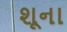
શૂના